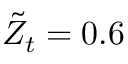
\Tilde { Z } _ { t } = 0 . 6